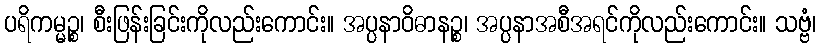
ပရိကမ္မဉ္စ၊ စီးဖြန်းခြင်းကိုလည်းကောင်း။ အပ္ပနာဝိဓာနဉ္စ၊ အပ္ပနာအစီအရင်ကိုလည်းကောင်း။ သဗ္ဗံ၊